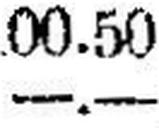
—.—